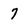
Character: 7